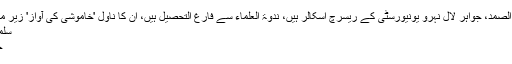
سلمان عبد الصمد، جواہر لال نہرو یونیورسٹی کے ریسرچ اسکالر ہیں، ندوۃ العلماء سے فارغ التحصیل ہیں، ان کا ناول 'خاموشی کی آواز' زیرِ مطالعہ ہے؛
سلمان فیصل :
جناب عالی۔